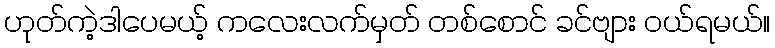
ဟုတ်ကဲ့ဒါပေမယ့် ကလေးလက်မှတ် တစ်စောင် ခင်ဗျား ဝယ်ရမယ်။